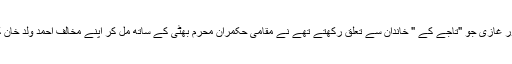
دو سردار، فتح محمد اور غازی جو "تاجے کے " خاندان سے تعلق رکھتے تھے نے مقامی حکمران محرم بھٹی کے ساتھ مل کر اپنے مخالف احمد ولد خان کو علاقہ سے نکال دیا۔